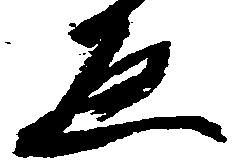
ゑ